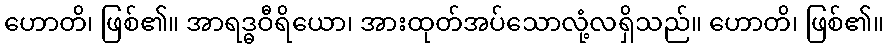
ဟောတိ၊ ဖြစ်၏။ အာရဒ္ဓဝီရိယော၊ အားထုတ်အပ်သောလုံ့လရှိသည်။ ဟောတိ၊ ဖြစ်၏။